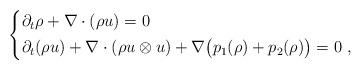
LaTeX: \begin{align*} \begin{dcases} \partial_t \rho + \nabla \cdot (\rho u) = 0 \\ \partial_t (\rho u) + \nabla \cdot (\rho u \otimes u) + \nabla\big( p_1(\rho) + p_2(\rho) \big) = 0 \ , \end{dcases}\end{align*}